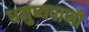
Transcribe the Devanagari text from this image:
धनुष्यपाणी